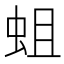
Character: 蛆